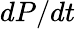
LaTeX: dP/dt